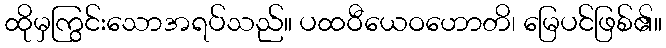
ထိုမှကြွင်းသောအရပ်သည်။ ပထဝီယေဝဟောတိ၊ မြေပင်ဖြစ်၏။